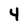
Character: 4